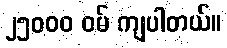
၂၅၀၀၀ ဝမ် ကျပါတယ်။